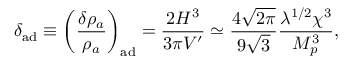
\delta _ { \mathrm { a d } } \equiv \left( \frac { \delta \rho _ { a } } { \rho _ { a } } \right) _ { \mathrm { a d } } = \frac { 2 H ^ { 3 } } { 3 \pi V ^ { \prime } } \simeq \frac { 4 \sqrt { 2 \pi } } { 9 \sqrt { 3 } } \frac { \lambda ^ { 1 / 2 } \chi ^ { 3 } } { M _ { p } ^ { 3 } } ,